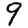
Digit: 9